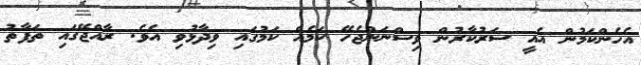
އެހެންކަމުން އެއީ ސަރުކާރުން ވިސްނަންޖެހޭ ކަމެއް ކަމުގައި ވިދާޅުވި އެވެ. ރާއްޖޭގައި ތަފާތު